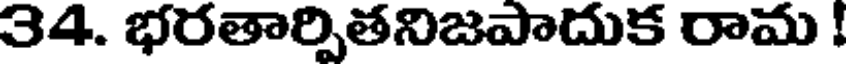
34. భరతార్పితనిజపాదుక రామ !